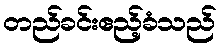
တည်ခင်းဧည့်ခံသည်